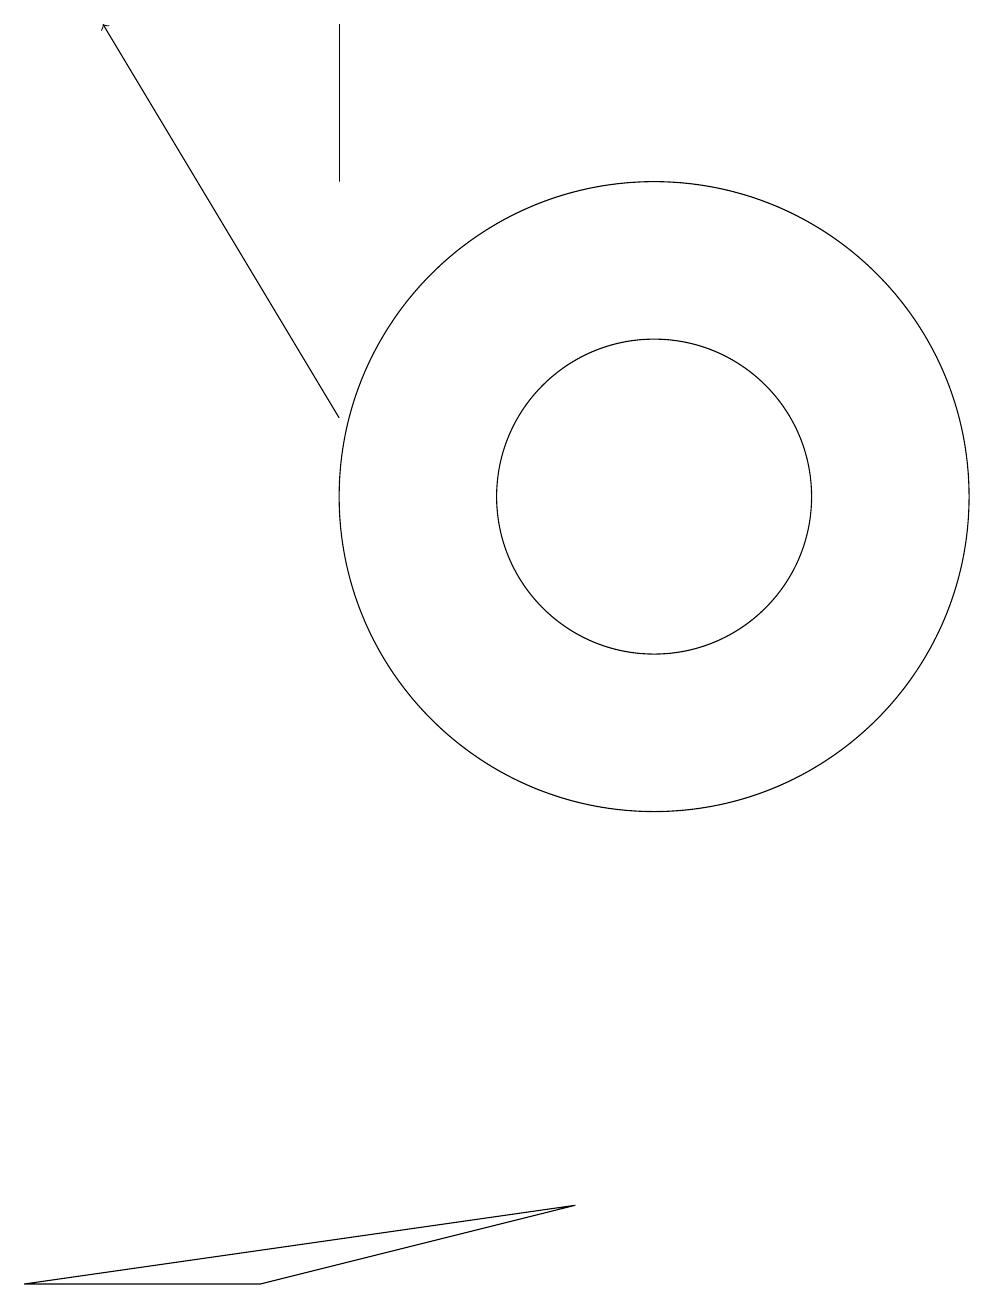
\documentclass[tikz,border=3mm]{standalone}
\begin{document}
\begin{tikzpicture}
\draw[->] (6,12) -- (3,17);
\draw (6,17) rectangle (6,15);
\draw (10,11) circle (4);
\draw (9,2) -- (2,1) -- (5,1) -- cycle;
\draw (10,11) circle (2);
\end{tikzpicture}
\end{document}